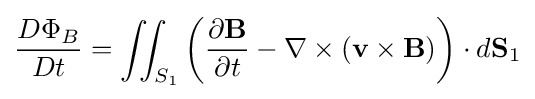
{\frac {D\Phi _{B}}{Dt}}=\iint _{S_{1}}\left({\frac {\partial \mathbf {B} }{\partial t}}-\nabla \times \left(\mathbf {v} \times \mathbf {B} \right)\right)\cdot d\mathbf {S} _{1}